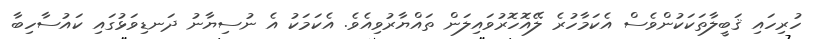
ހުރިހައި ޤަބީލާތަކަކުންވެސް އެކަމާހުރެ ލޭއޮހޮރުވައިލަން ތައްޔާރުވިއެވެ. އެކަމަކު އެ ނުސިޔާނު ދަނޑިވަޅުގައި ކައުސާހިބާ